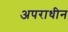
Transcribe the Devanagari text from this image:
अपराधीन